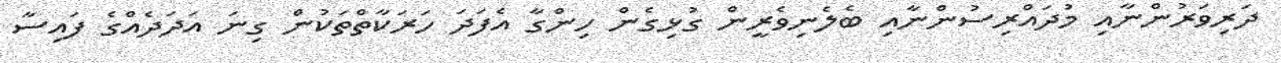
ދަރިވަރުންނާއި މުދައްރިސުންނާއި ބެލެނިވެރީން ގުޅިގެން ހިންގާ އެފަދަ ހަރަކާތްތަކުން ގިނަ އަދަދެއްގެ ފައިސާ